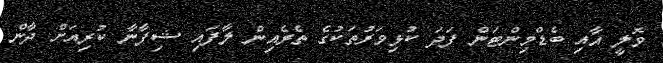
ވޮލީ އާއި ބެޑްމިންޓަން ފަދަ ކުޅިވަރުތަކުގެ ތެރެއިން ލާފައި ޝިފާނާ ކުރިއަށް ދާން